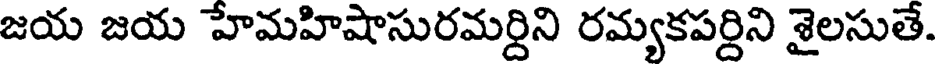
జయ జయ హేమహిషాసురమర్దిని రమ్యకపర్దిని శైలసుతే.